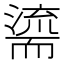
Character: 𮋠